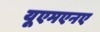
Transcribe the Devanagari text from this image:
यूएमएनए